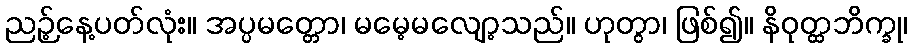
ညဉ့်နေ့ပတ်လုံး။ အပ္ပမတ္တော၊ မမေ့မလျော့သည်။ ဟုတွာ၊ ဖြစ်၍။ နိဝုတ္ထဘိက္ခု၊